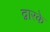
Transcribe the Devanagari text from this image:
द्वारके